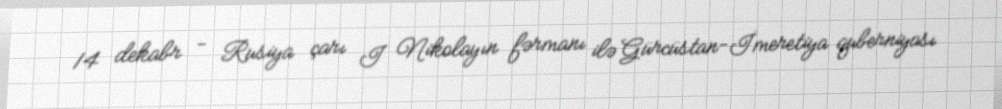
14 dekabr - Rusiya çarı I Nikolayın fərmanı ilə Gürcüstan-İmeretiya quberniyası